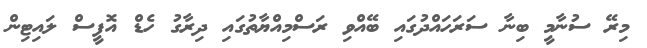
މިރޭ ސުނާމީ ބިނާ ސަރަހައްދުގައި ބޭއްވި ރަސްމިއްޔާތުގައި ދިރާގު ހެޑް އޮފީސް ލައިޓިން